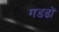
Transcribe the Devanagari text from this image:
गडढों